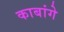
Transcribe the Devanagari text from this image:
काबांगे